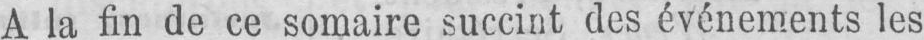
A la fin de ce somaire succint des événements les